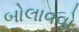
બોલાવવો